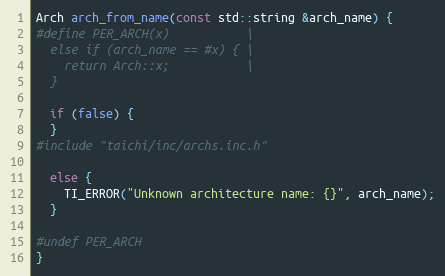
Language: C++
Arch arch_from_name(const std::string &arch_name) {
#define PER_ARCH(x)           \
  else if (arch_name == #x) { \
    return Arch::x;           \
  }

  if (false) {
  }
#include "taichi/inc/archs.inc.h"

  else {
    TI_ERROR("Unknown architecture name: {}", arch_name);
  }

#undef PER_ARCH
}